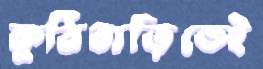
কুঠিবাড়িতেই